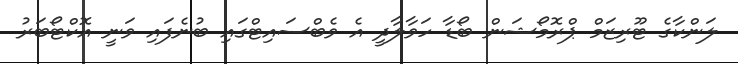
ލަންކާގެ ޓޫރިޒަމް ޕްރޮމޯޝަން ބޯޑާ ހަވާލާދީ އެ ވެބްސައިޓްގައި ބުނެފައި ވަނީ އޮކްޓޯބަރު